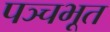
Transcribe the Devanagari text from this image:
पञ्चभूत